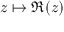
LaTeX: z \mapsto \Re ( z )